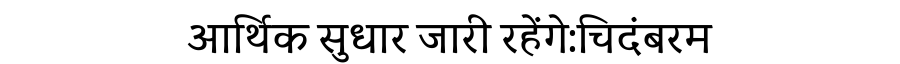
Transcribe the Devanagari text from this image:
आर्थिक सुधार जारी रहेंगे:चिदंबरम